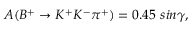
A ( B ^ { + } \to K ^ { + } K ^ { - } \pi ^ { + } ) = 0 . 4 5 ~ s i n \gamma ,